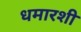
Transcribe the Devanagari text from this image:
धमारशी